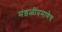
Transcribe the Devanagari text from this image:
मंडळींप्रमाणेच